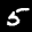
Label: 5